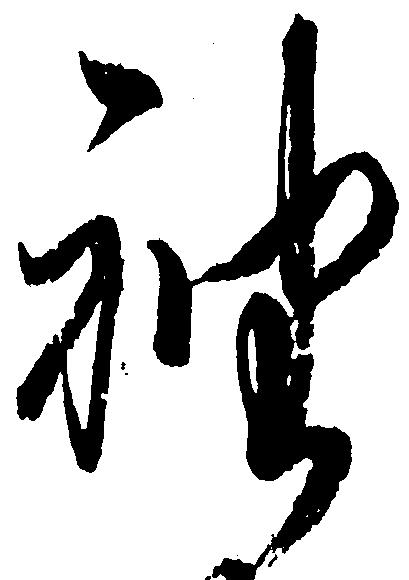
袖